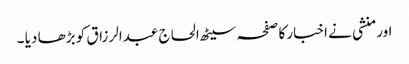
اور منشی نے اخبار کا صفحہ سیٹھ الحاج عبدالرزاق کو بڑھا دیا ۔